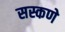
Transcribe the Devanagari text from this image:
सस्कणे